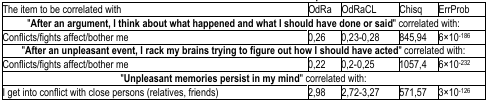
| The item to be correlated with | OdRa | OdRaCL | Chisq | ErrProb |
 | --- | --- | --- | --- | --- |
 | "After an argument, I think about what happened and what I should have done or said" correlated with: |
 | Conflicts/fights affect/bother me | 0,26 | 0,23–0,28 | 845,94 | 6×10−186 |
 | "After an unpleasant event, I rack my brains trying to figure out how I should have acted" correlated with |
 | Conflicts/fights affect/bother me | 0,22 | 0,2–0,25 | 1057,4 | 6×10−232 |
 | "Unpleasant memories persist in my mind"correlated with: |
 | I get into conflict with close persons (relatives, friends) | 2,98 | 2,72–3,27 | 571,57 | 3×10−126 |